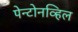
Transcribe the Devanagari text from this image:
पेन्टोनव्हिल